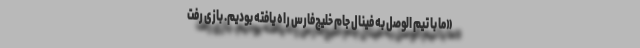
«ما با تیم الوصل به فینال جام خلیج‌فارس راه یافته بودیم. بازی رفت